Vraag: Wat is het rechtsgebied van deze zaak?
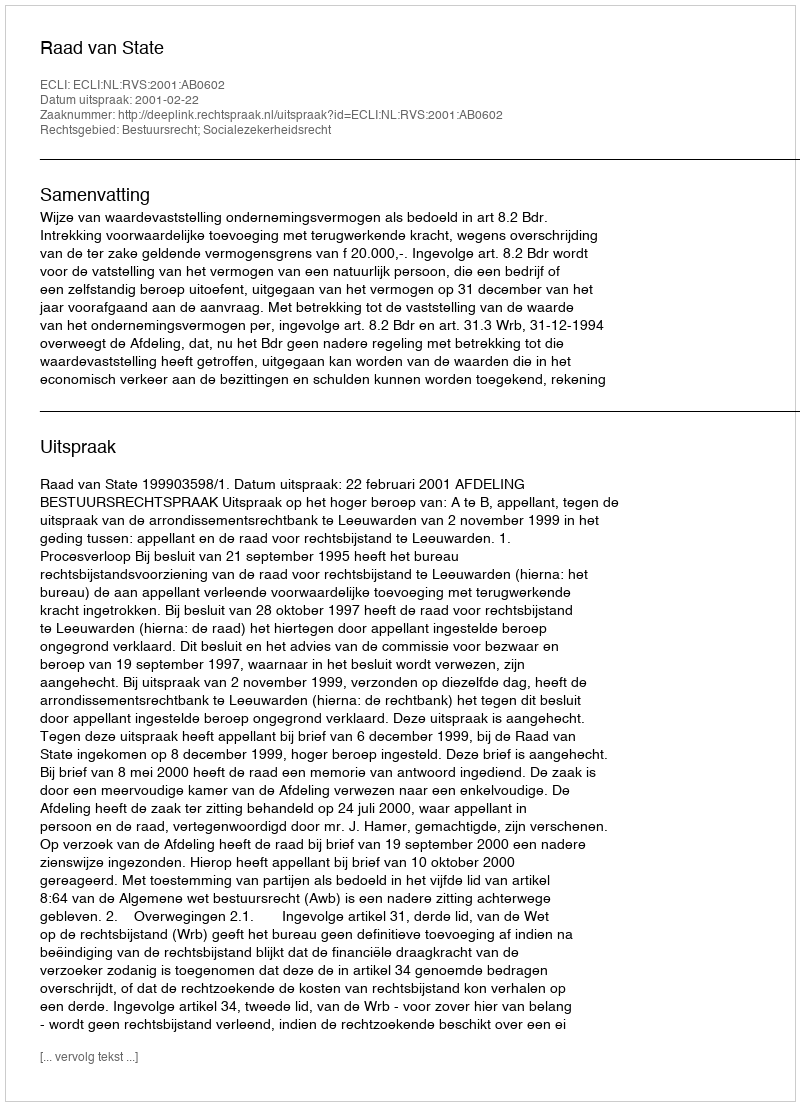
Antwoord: Bestuursrecht; Socialezekerheidsrecht